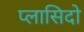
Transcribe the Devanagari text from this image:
प्लासिदो